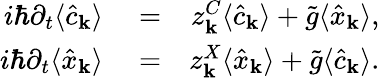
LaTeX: \begin{array}{rlr}{i\hbar\partial_{t}\langle\hat{c}_{\mathbf k}\rangle}&{{}=}&{z_{\mathbf k}^{C}\langle\hat{c}_{\mathbf k}\rangle+\tilde{g}\langle\hat{x}_{\mathbf k}\rangle,}\\ {i\hbar\partial_{t}\langle\hat{x}_{\mathbf k}\rangle}&{{}=}&{z_{\mathbf k}^{X}\langle\hat{x}_{\mathbf k}\rangle+\tilde{g}\langle\hat{c}_{\mathbf k}\rangle.}\end{array}